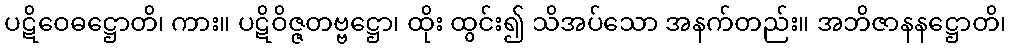
ပဋိဝေဓဋ္ဌောတိ၊ ကား။ ပဋိဝိဇ္ဇတဗ္ဗဋ္ဌော၊ ထိုး ထွင်း၍ သိအပ်သော အနက်တည်း။ အဘိဇာနနဋ္ဌောတိ၊